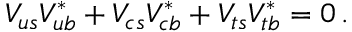
V _ { u s } V _ { u b } ^ { * } + V _ { c s } V _ { c b } ^ { * } + V _ { t s } V _ { t b } ^ { * } = 0 \, .